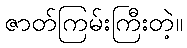
ဇာတ်ကြမ်းကြီးတဲ့။